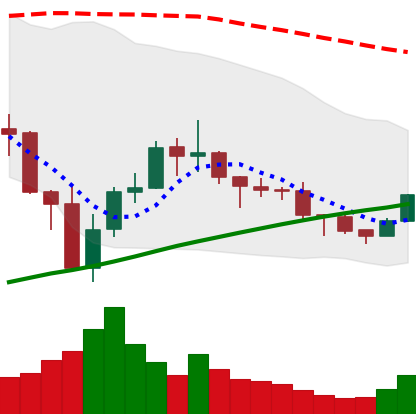
Ticker: BNB-USD
Chart end date: 2019-08-01
Forward return: -3.945%
Label: down_3_5